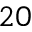
^ { 2 0 }